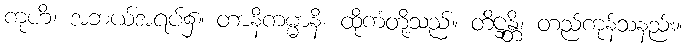
ကုဟိံ၊ အဘယ်အရပ်၌။ တာနိကမ္မာနိ၊ ထိုကံတို့သည်။ တိဋ္ဌန္တိ၊ တည်ကုန်သနည်း။